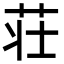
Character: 荘